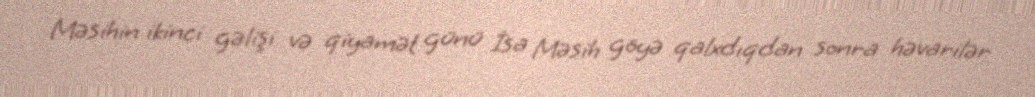
Məsihin ikinci gəlişi və qiyamət günü İsa Məsih göyə qalxdıqdan sonra həvarilər